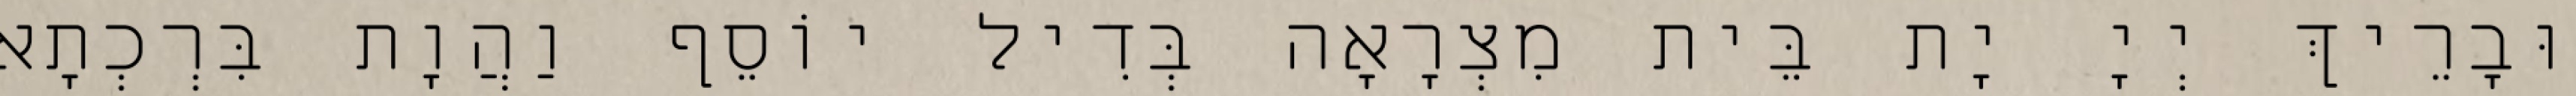
וּבָרֵיךְ יְיָ יָת בֵּית מִצְרָאָה בְּדִיל יוֹסֵף וַהֲוָת בִּרְכְתָא